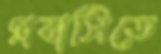
প্রবাসিতে